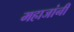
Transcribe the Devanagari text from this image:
महाजांनी